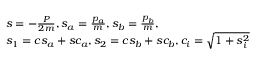
\begin{array} { l } { { s = - { \frac { P } { 2 m } } , s _ { a } = { \frac { p _ { a } } { m } } , s _ { b } = { \frac { p _ { b } } { m } } , } } \\ { { s _ { 1 } = c s _ { a } + s c _ { a } , s _ { 2 } = c s _ { b } + s c _ { b } , c _ { i } = \sqrt { 1 + s _ { i } ^ { 2 } } } } \end{array}